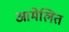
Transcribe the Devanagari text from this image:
आमेलित